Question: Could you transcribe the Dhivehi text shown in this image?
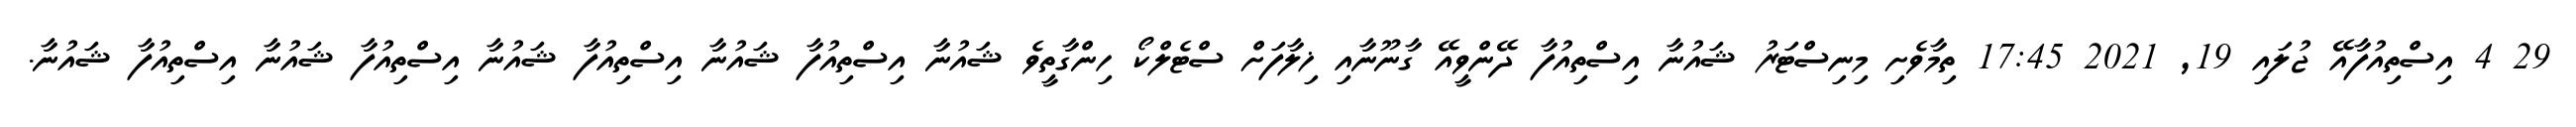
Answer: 29 4 އިސްތިއުފާއޭ ޖުލައި 19, 2021 17:45 ތިމާވެށި މިނިސްޓަރު ޝައުނާ އިސްތިއުފާ ދޭންވީއޭ ގާނޫނާއި ޚިލާފަށް ސްޓެލްކޯ ހިންގާތީވެ ޝައުނާ އިސްތިއުފާ ޝައުނާ އިސްތިއުފާ ޝައުނާ އިސްތިއުފާ ޝައުނާ އިސްތިއުފާ ޝައުނާ.